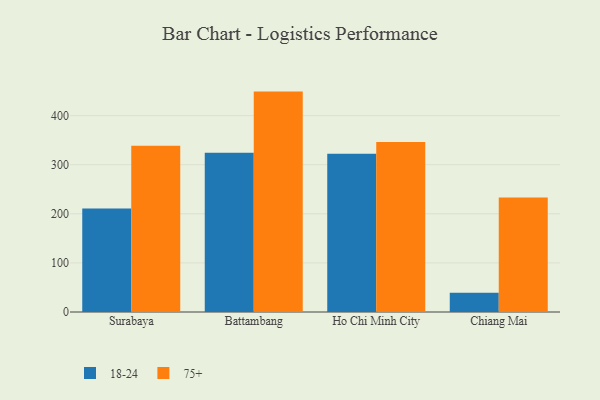
{"axis": {"x": "City", "y": "Net Income (USD K)"}, "legend": ["18-24", "75+"], "data": [{"x": "Surabaya", "y": 210.6, "type": "18-24"}, {"x": "Surabaya", "y": 338.8, "type": "75+"}, {"x": "Battambang", "y": 324.5, "type": "18-24"}, {"x": "Battambang", "y": 448.9, "type": "75+"}, {"x": "Ho Chi Minh City", "y": 322.1, "type": "18-24"}, {"x": "Ho Chi Minh City", "y": 346.3, "type": "75+"}, {"x": "Chiang Mai", "y": 39.1, "type": "18-24"}, {"x": "Chiang Mai", "y": 233.1, "type": "75+"}]}